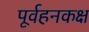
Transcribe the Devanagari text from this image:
पूर्वहनकक्ष